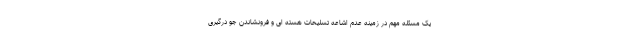
یک مسئله مهم در زمینه عدم اشاعه تسلیحات هسته ای و فرونشاندن جو درگیری